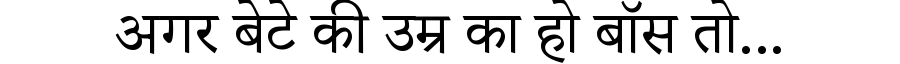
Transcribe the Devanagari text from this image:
अगर बेटे की उम्र का हो बॉस तो...